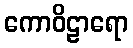
ကောဝိဠာရော